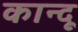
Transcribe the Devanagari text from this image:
कान्दू